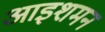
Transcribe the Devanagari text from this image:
आइशमन